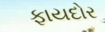
ફાયદોર